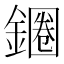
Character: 𲇞